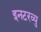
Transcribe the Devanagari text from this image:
इनटरव्यु